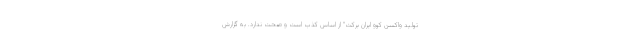
تولید واکسن کوو ایران برکت" از اساس کذب است و صحت ندارد. به گزارش